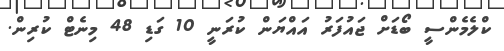
ކްލެމެންސީ ބޯޑަށް ޖައުފަރު އައްޔަން ކުރަނީ 10 ގަޑި 48 މިނެޓް ކުރިން.